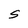
Character: S